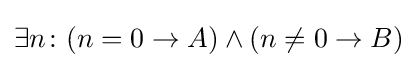
\exists n\colon (n=0\to A)\wedge (n\neq 0\to B)